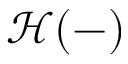
{ \mathcal { H } } ( - )